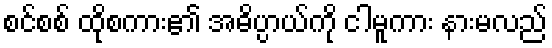
စင်စစ် ထိုစကား၏ အဓိပ္ပာယ်ကို ငါမူကား နားမလည်